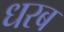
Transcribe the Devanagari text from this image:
धरब